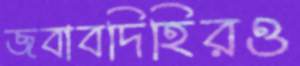
জবাবদিহিরও